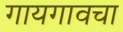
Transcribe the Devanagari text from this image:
गायगावचा